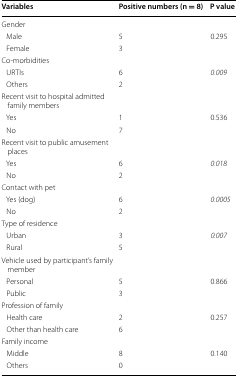
<table><thead><tr><td><b>Variables</b></td><td><b>Positive numbers (n = 8)</b></td><td><b>P value</b></td></tr></thead><tbody><tr><td>Gender</td><td></td><td></td></tr><tr><td> Male</td><td>5</td><td>0.295</td></tr><tr><td> Female</td><td>3</td><td></td></tr><tr><td>Co-morbidities</td><td></td><td></td></tr><tr><td> URTIs</td><td>6</td><td><i>0.009</i></td></tr><tr><td> Others</td><td>2</td><td></td></tr><tr><td>Recent visit to hospital admitted family members</td><td></td><td></td></tr><tr><td> Yes</td><td>1</td><td>0.536</td></tr><tr><td> No</td><td>7</td><td></td></tr><tr><td>Recent visit to public amusement places</td><td></td><td></td></tr><tr><td> Yes</td><td>6</td><td><i>0.018</i></td></tr><tr><td> No</td><td>2</td><td></td></tr><tr><td>Contact with pet</td><td></td><td></td></tr><tr><td> Yes (dog)</td><td>6</td><td><i>0.0005</i></td></tr><tr><td> No</td><td>2</td><td></td></tr><tr><td>Type of residence</td><td></td><td></td></tr><tr><td> Urban</td><td>3</td><td><i>0.007</i></td></tr><tr><td> Rural</td><td>5</td><td></td></tr><tr><td>Vehicle used by participant’s family member</td><td></td><td></td></tr><tr><td> Personal</td><td>5</td><td>0.866</td></tr><tr><td> Public</td><td>3</td><td></td></tr><tr><td>Profession of family</td><td></td><td></td></tr><tr><td> Health care</td><td>2</td><td>0.257</td></tr><tr><td> Other than health care</td><td>6</td><td></td></tr><tr><td>Family income</td><td></td><td></td></tr><tr><td> Middle</td><td>8</td><td>0.140</td></tr><tr><td> Others</td><td>0</td><td></td></tr></tbody></table>